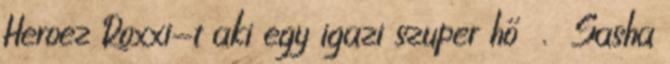
Heroez Roxxi-t aki egy igazi szuper hő . Sasha